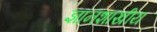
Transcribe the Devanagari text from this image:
ज्ञानशाखीय